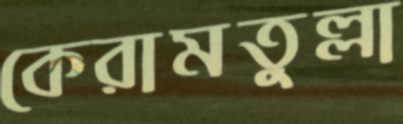
কেরামতুল্লা